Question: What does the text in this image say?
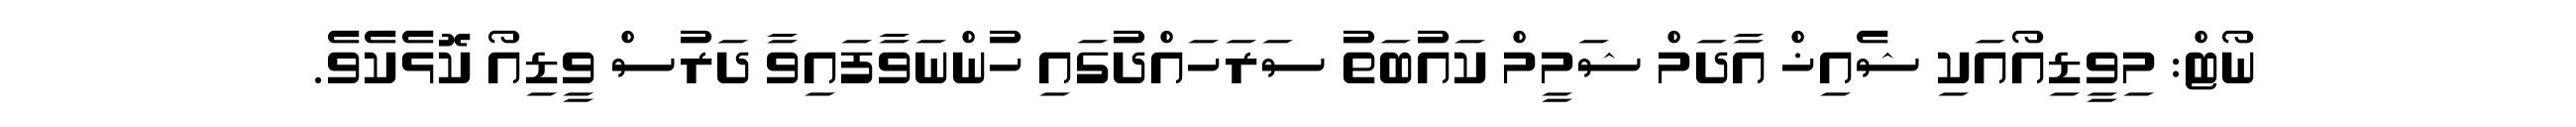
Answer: ނޯޓް: މިވީޑިއޯއަކި ޝެއިޚް އާދަމް ޝަމީމް ކައުބަތު ސަރަހައްދުގައި ހުންނަވާފައިވާ ދަރުސް ވީޑިއޯ ކޮޅެކެވެ.